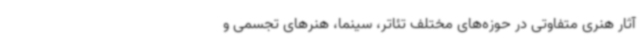
آثار هنری متفاوتی در حوزه‌های مختلف تئاتر، سینما، هنرهای تجسمی و